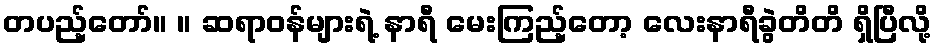
တပည့်တော်။ ။ ဆရာဝန်များရဲ့ နာရီ မေးကြည့်တော့ လေးနာရီခွဲတိတိ ရှိပြီလို့